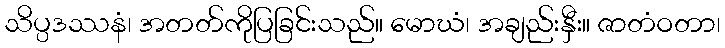
သိပ္ပဒဿနံ၊ အတတ်ကိုပြခြင်းသည်။ မောဃံ၊ အချည်းနှီး။ ဇာတံဝတာ၊